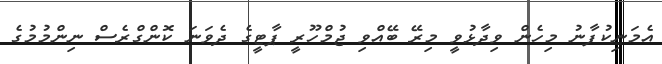
އެމަނިކުފާނު މިހެން ވިދާޅުވީ މިރޭ ބޭއްވި ޖުމްހޫރީ ޕާޓީގެ ދެވަނަ ކޮންގްރެސް ނިންމުމުގެ